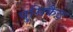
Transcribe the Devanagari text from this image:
पुसिकैट